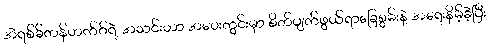
အဲရစ်ခ်တန်ဟက်ဂ်ရဲ့ အသင်းဟာ အဝေးကွင်းမှာ စိတ်ပျက်ဖွယ်ရာခြေစွမ်းနဲ့ အရေးနိမ့်ခဲ့ပြီး